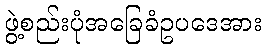
ဖွဲ့စည်းပုံအခြေခံဥပဒေအား